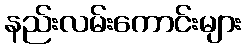
နည်းလမ်းကောင်းများ